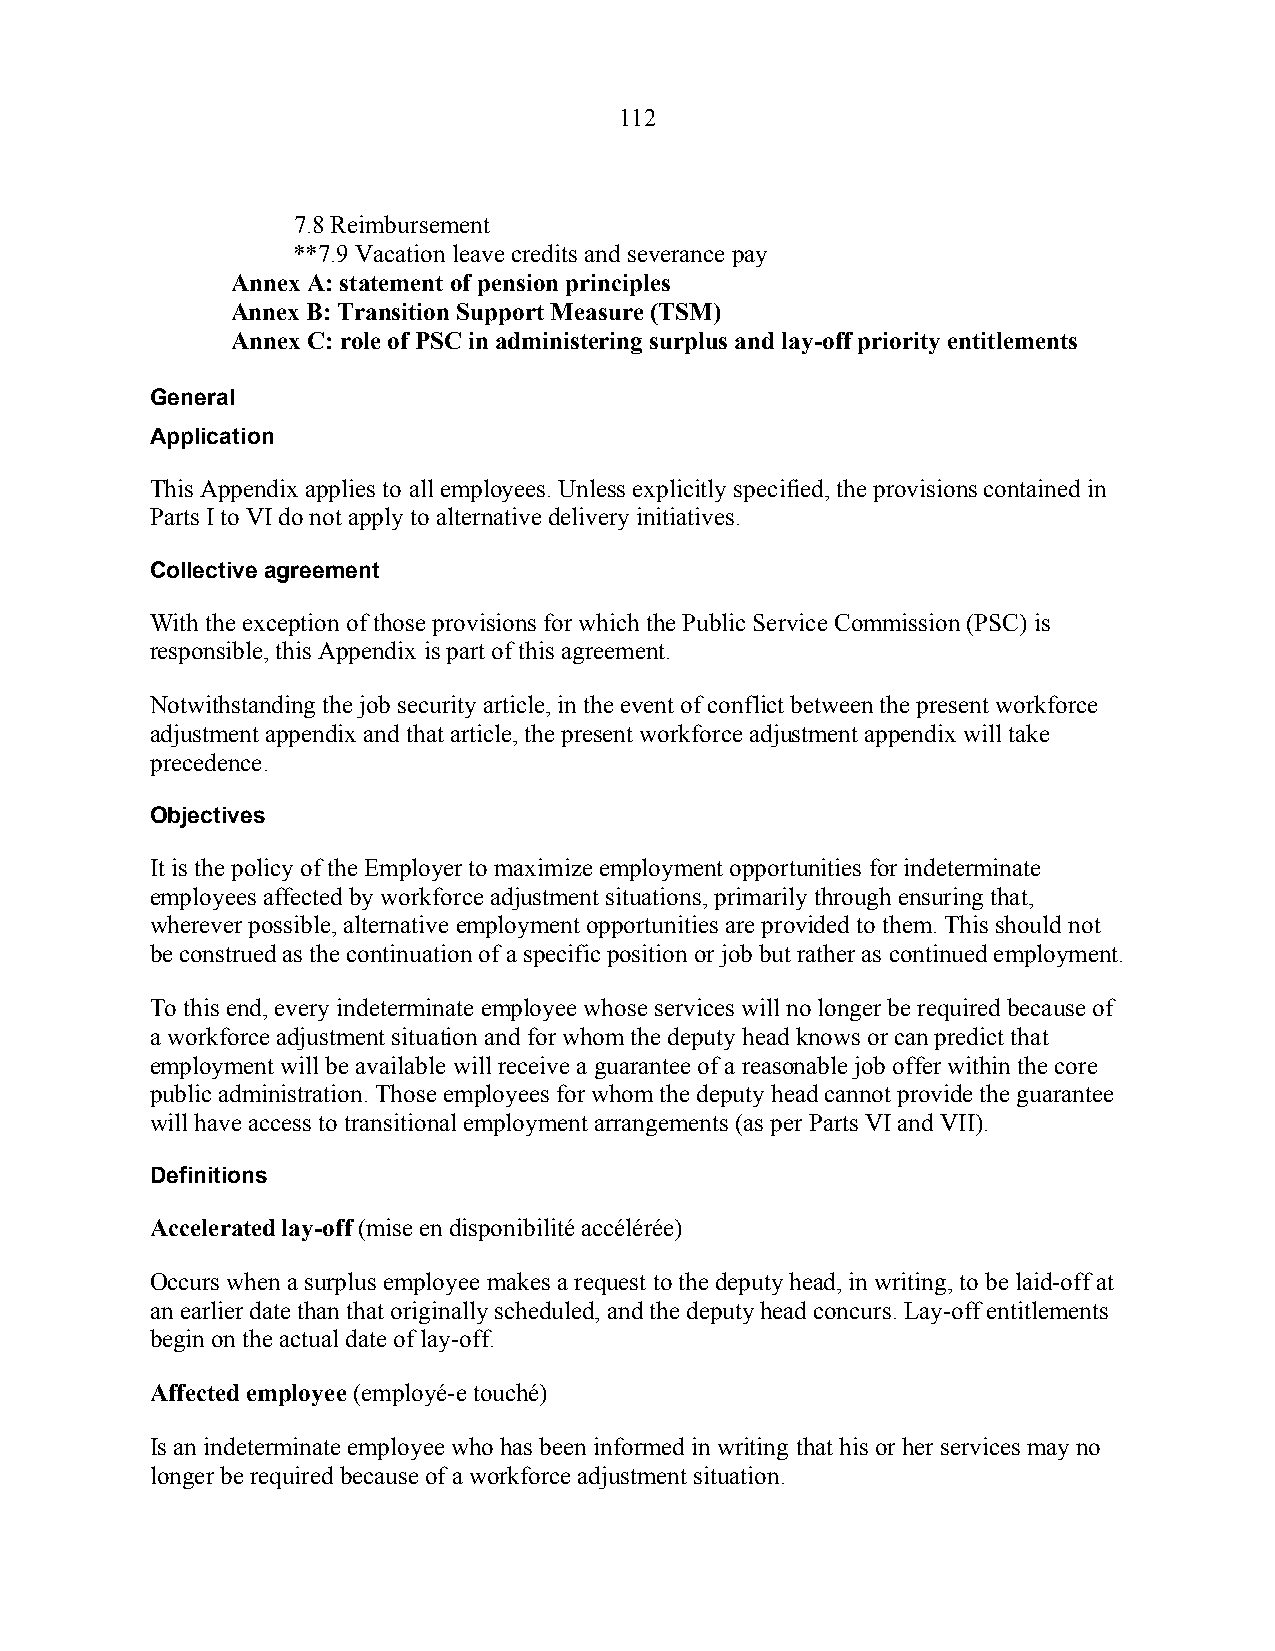
112
 7.8 Reimbursement
 **7.9 Vacation leave credits and severance pay
 Annex A: statement of pension principles
 Annex B: Transition Support Measure (TSM)
 Annex C: role of PSC in administering surplus and lay-off priority entitlements
 General
 Application
 This Appendix applies to all employees. Unless explicitly specified, the provisions contained in
 Parts I to VI do not apply to alternative delivery initiatives.
 Collective agreement
 With the exception of those provisions for which the Public Service Commission (PSC) is
 responsible, this Appendix is part of this agreement.
 Notwithstanding the job security article, in the event of conflict between the present workforce
 adjustment appendix and that article, the present workforce adjustment appendix will take
 precedence.
 Objectives
 It is the policy of the Employer to maximize employment opportunities for indeterminate
 employees affected by workforce adjustment situations, primarily through ensuring that,
 wherever possible, alternative employment opportunities are provided to them. This should not
 be construed as the continuation of a specific position or job but rather as continued employment.
 To this end, every indeterminate employee whose services will no longer be required because of
 a workforce adjustment situation and for whom the deputy head knows or can predict that
 employment will be available will receive a guarantee of a reasonable job offer within the core
 public administration. Those employees for whom the deputy head cannot provide the guarantee
 will have access to transitional employment arrangements (as per Parts VI and VII).
 Definitions
 Accelerated lay-off (mise en disponibilité accélérée)
 Occurs when a surplus employee makes a request to the deputy head, in writing, to be laid-off at
 an earlier date than that originally scheduled, and the deputy head concurs. Lay-off entitlements
 begin on the actual date of lay-off.
 Affected employee (employé-e touché)
 Is an indeterminate employee who has been informed in writing that his or her services may no
 longer be required because of a workforce adjustment situation.